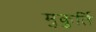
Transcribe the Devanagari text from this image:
मुकुर्ति